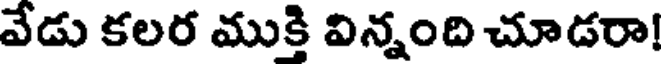
వేడు కలర ముక్తి విన్నంది చూడరా!